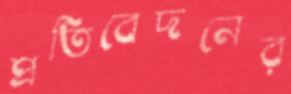
প্রতিবেদনের